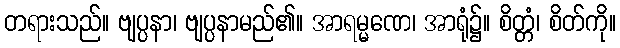
တရားသည်။ ဗျပ္ပနာ၊ ဗျပ္ပနာမည်၏။ အာရမ္မဏေ၊ အာရုံ၌။ စိတ္တံ၊ စိတ်ကို။